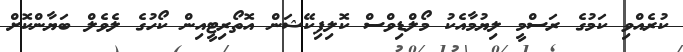
ކުރެއްވި ކަމުގެ ރަސްމީ ލިޔުމާއެކު މޯލްޑިވްސް ކޮލިފިކޭޝަން އޮތޯރިޓީއިން ކޯހުގެ ލެވެލް ބަޔާންކޮށް